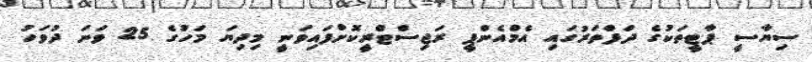
ސިޔާސީ ޕާޓީތަކުގެ ދަފްތަރުގައި އެމްއެންޕީ ރަޖިސްޓްރީކޮށްފައިވަނީ މިދިޔަ މަހުގެ 25 ވަނަ ދުވަހު